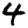
Digit: 4